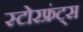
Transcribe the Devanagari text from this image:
स्टोरफ्रंट्स